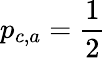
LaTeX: p_{c,a}=\frac{1}{2}